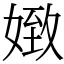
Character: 𡟹